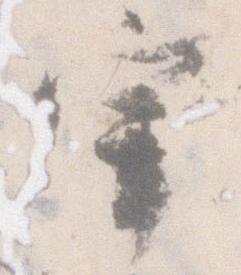
宰